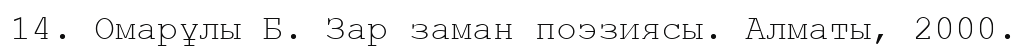
14. Омарұлы Б. Зар заман поэзиясы. Алматы, 2000.